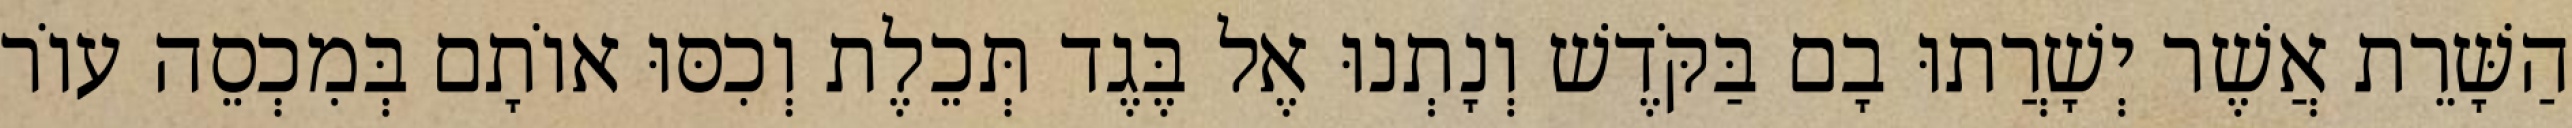
הַשָּׁרֵת אֲשֶׁר יְשָׁרֲתוּ בָם בַּקֹּדֶשׁ וְנָתְנוּ אֶל בֶּגֶד תְּכֵלֶת וְכִסּוּ אוֹתָם בְּמִכְסֵה עוֹר